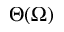
\Theta ( \Omega )